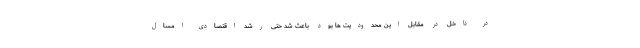
در داخل در مقابل این محدودیت ها بود باعث شد حتی رشد اقتصادی امسال